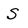
Character: S